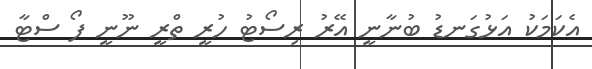
އެކަމަކު އަޅުގަނޑު ބުނާނީ އޭރު ރިސޯޓު ހުރީ ތްރީ ނޫނީ ފޯ ސްޓާ